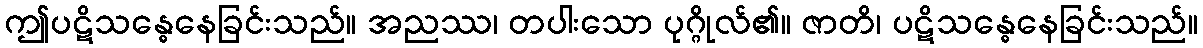
ဤပဋိသန္ဓေနေခြင်းသည်။ အညဿ၊ တပါးသော ပုဂ္ဂိုလ်၏။ ဇာတိ၊ ပဋိသန္ဓေနေခြင်းသည်။